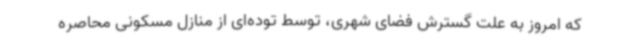
که امروز به علت گسترش فضای شهری، توسط توده‌ای از منازل مسکونی محاصره